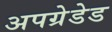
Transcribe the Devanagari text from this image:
अपग्रेडेड